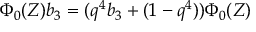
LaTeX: \Phi _ { 0 } ( Z ) b _ { 3 } = ( q ^ { 4 } b _ { 3 } + ( 1 - q ^ { 4 } ) ) \Phi _ { 0 } ( Z )